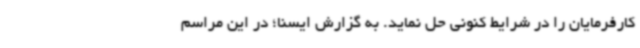
کارفرمایان را در شرایط کنونی حل نماید. به گزارش ایسنا؛ در این مراسم